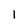
Character: 1